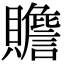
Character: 𧸸